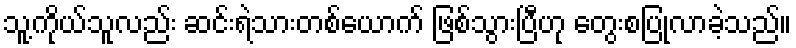
သူ့ကိုယ်သူလည်း ဆင်းရဲသားတစ်ယောက် ဖြစ်သွားပြီဟု တွေးစပြုလာခဲ့သည်။